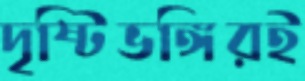
দৃষ্টিভঙ্গিরই